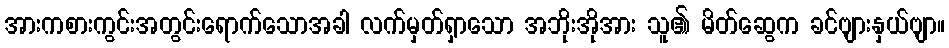
အားကစားကွင်းအတွင်းရောက်သောအခါ လက်မှတ်ရှာသော အဘိုးအိုအား သူ၏ မိတ်ဆွေက ခင်ဗျားနှယ်ဗျာ။